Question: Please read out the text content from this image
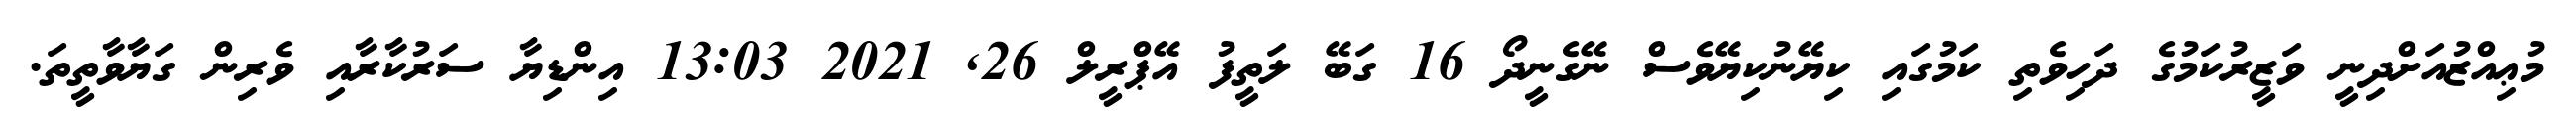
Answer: މުޢިއްޒުއަށްދިނީ ވަޒީރުކަމުގެ ދަހިވެތި ކަމުގައި ކިޔޭނުކިޔޭވެސް ނޭގެނީދޯ 16 ގަބޭ ލަތީފު އޭޕްރީލް 26, 2021 13:03 އިންޑިޔާ ސަރުކާރާއި ވެރިން ގަޔާވާތީތަ.